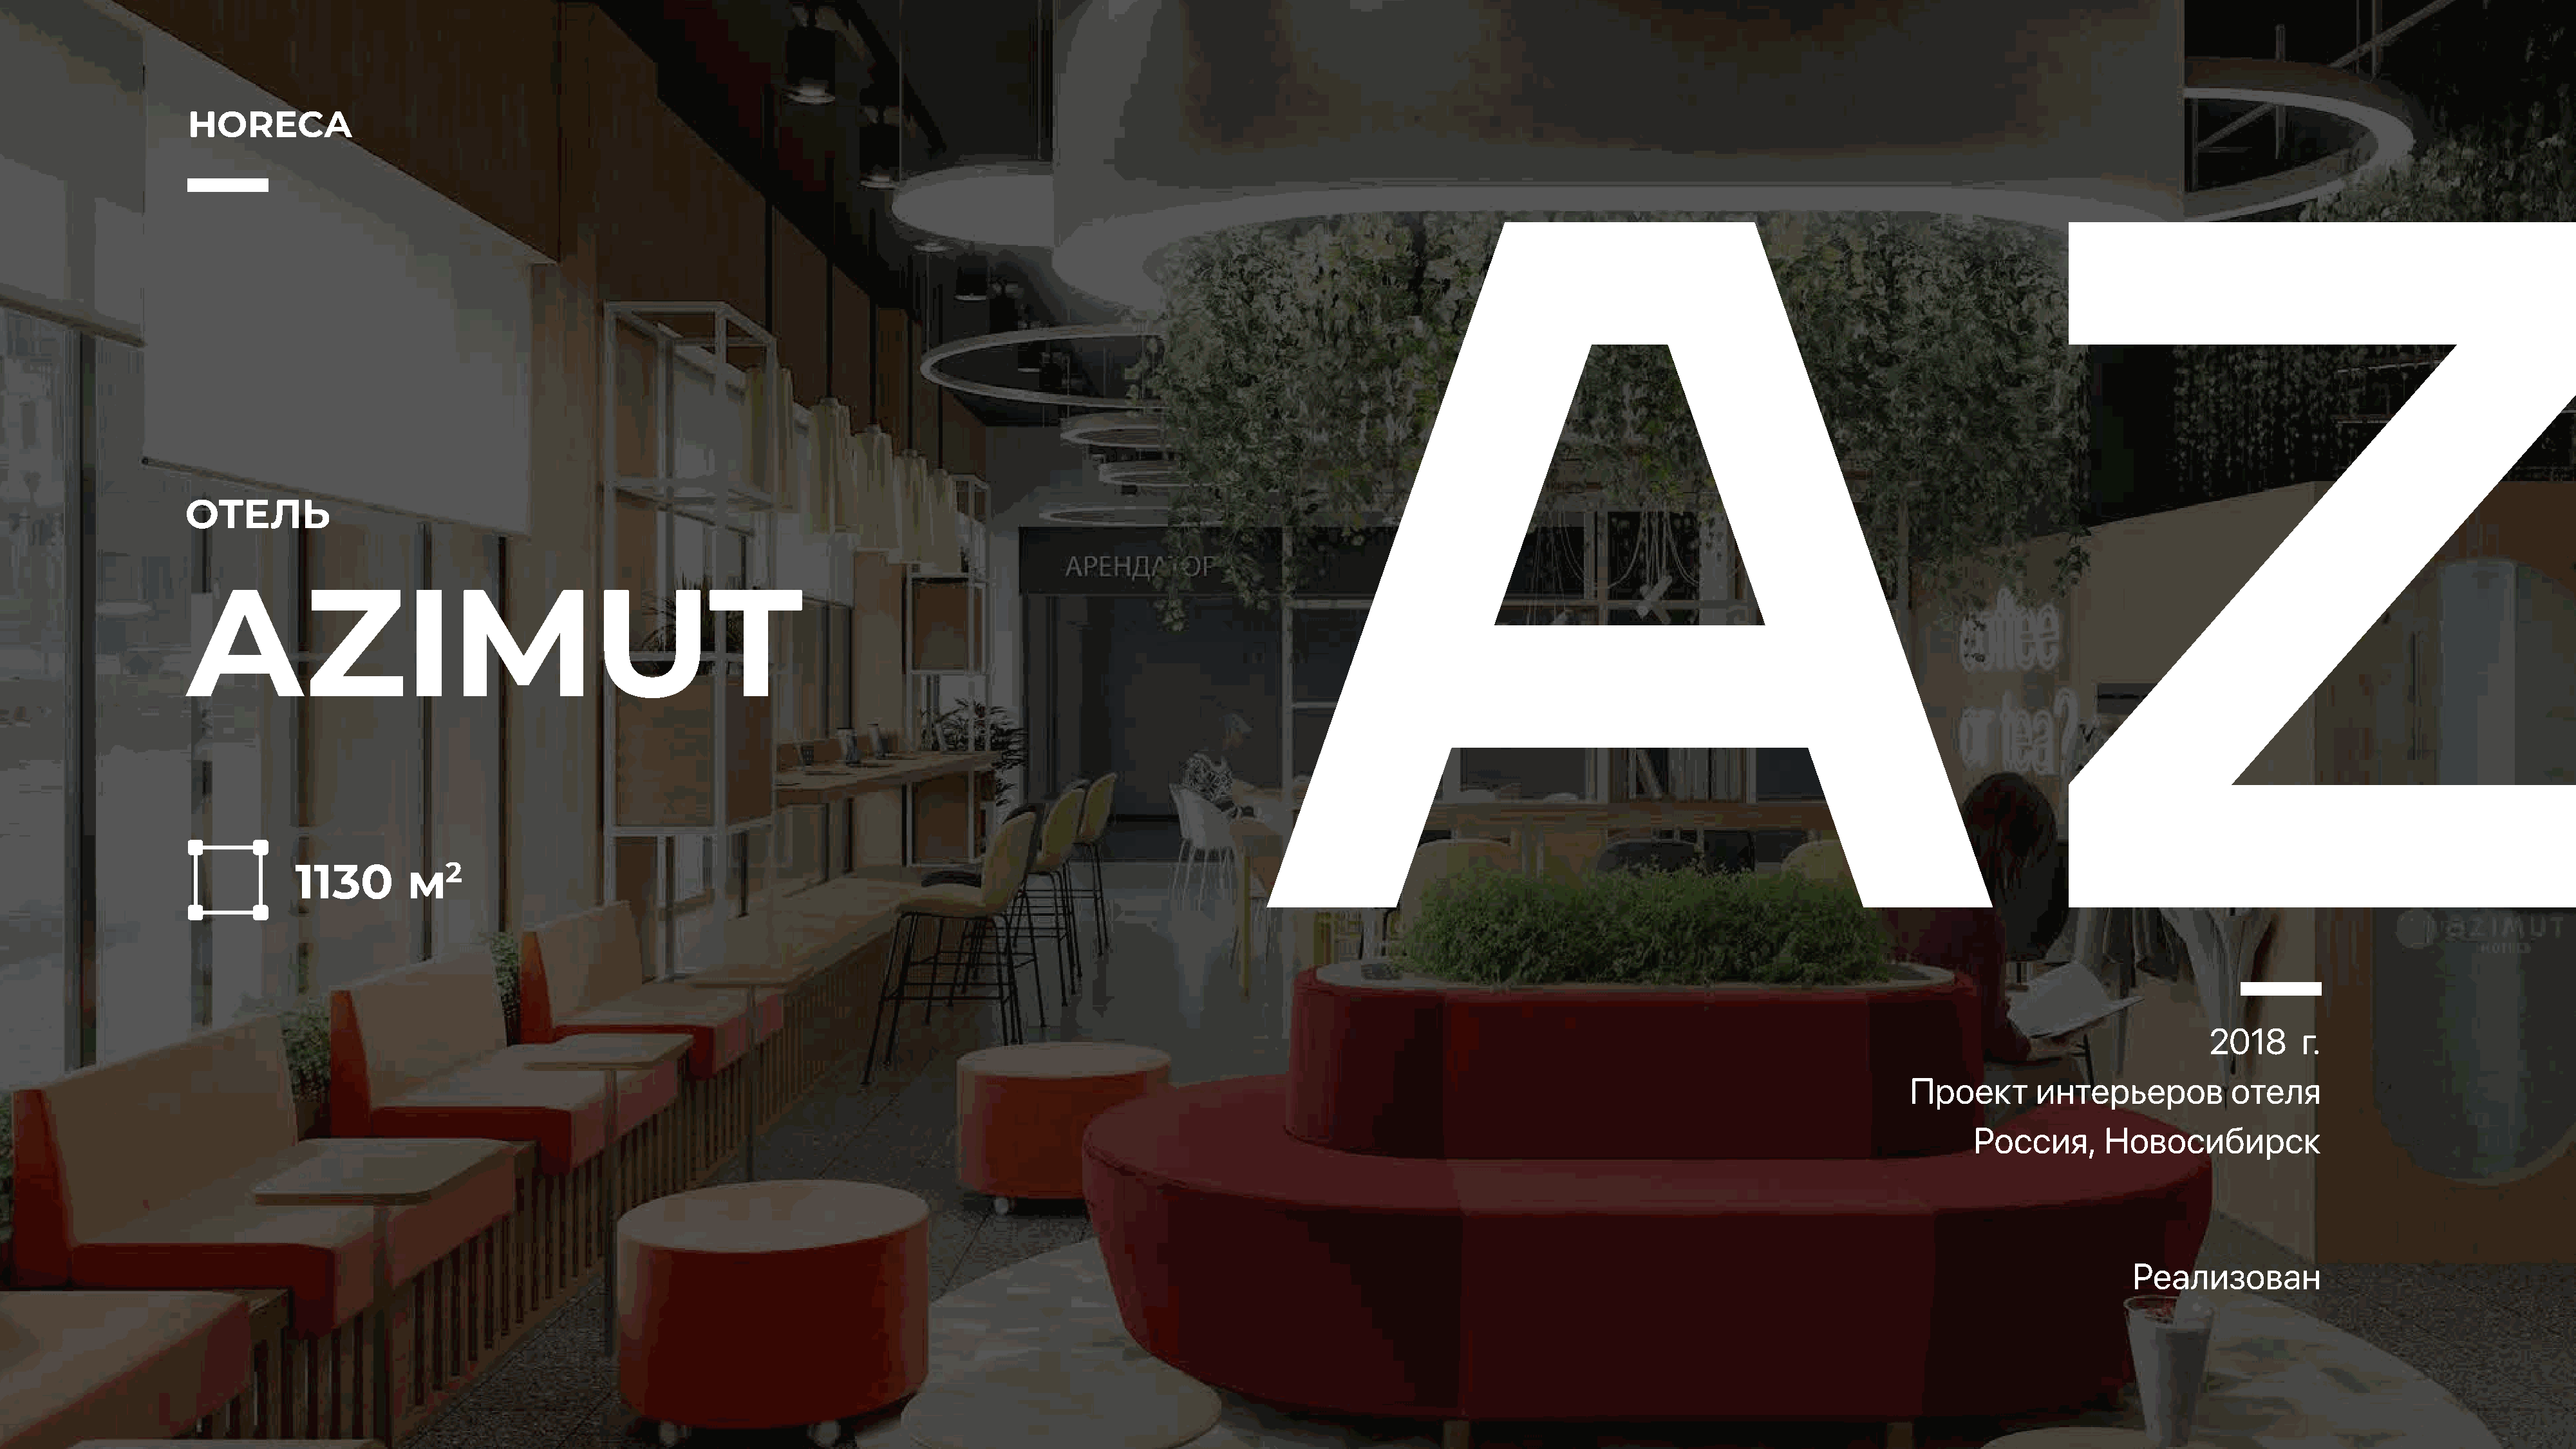
HORECA
 ОТЕЛЬ
 AZIMUT
 1130        м2
 2018      г.
 Проект       интерьеров          отеля
 Россия,      Новосибирск
 Реализован